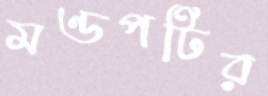
মণ্ডপটির